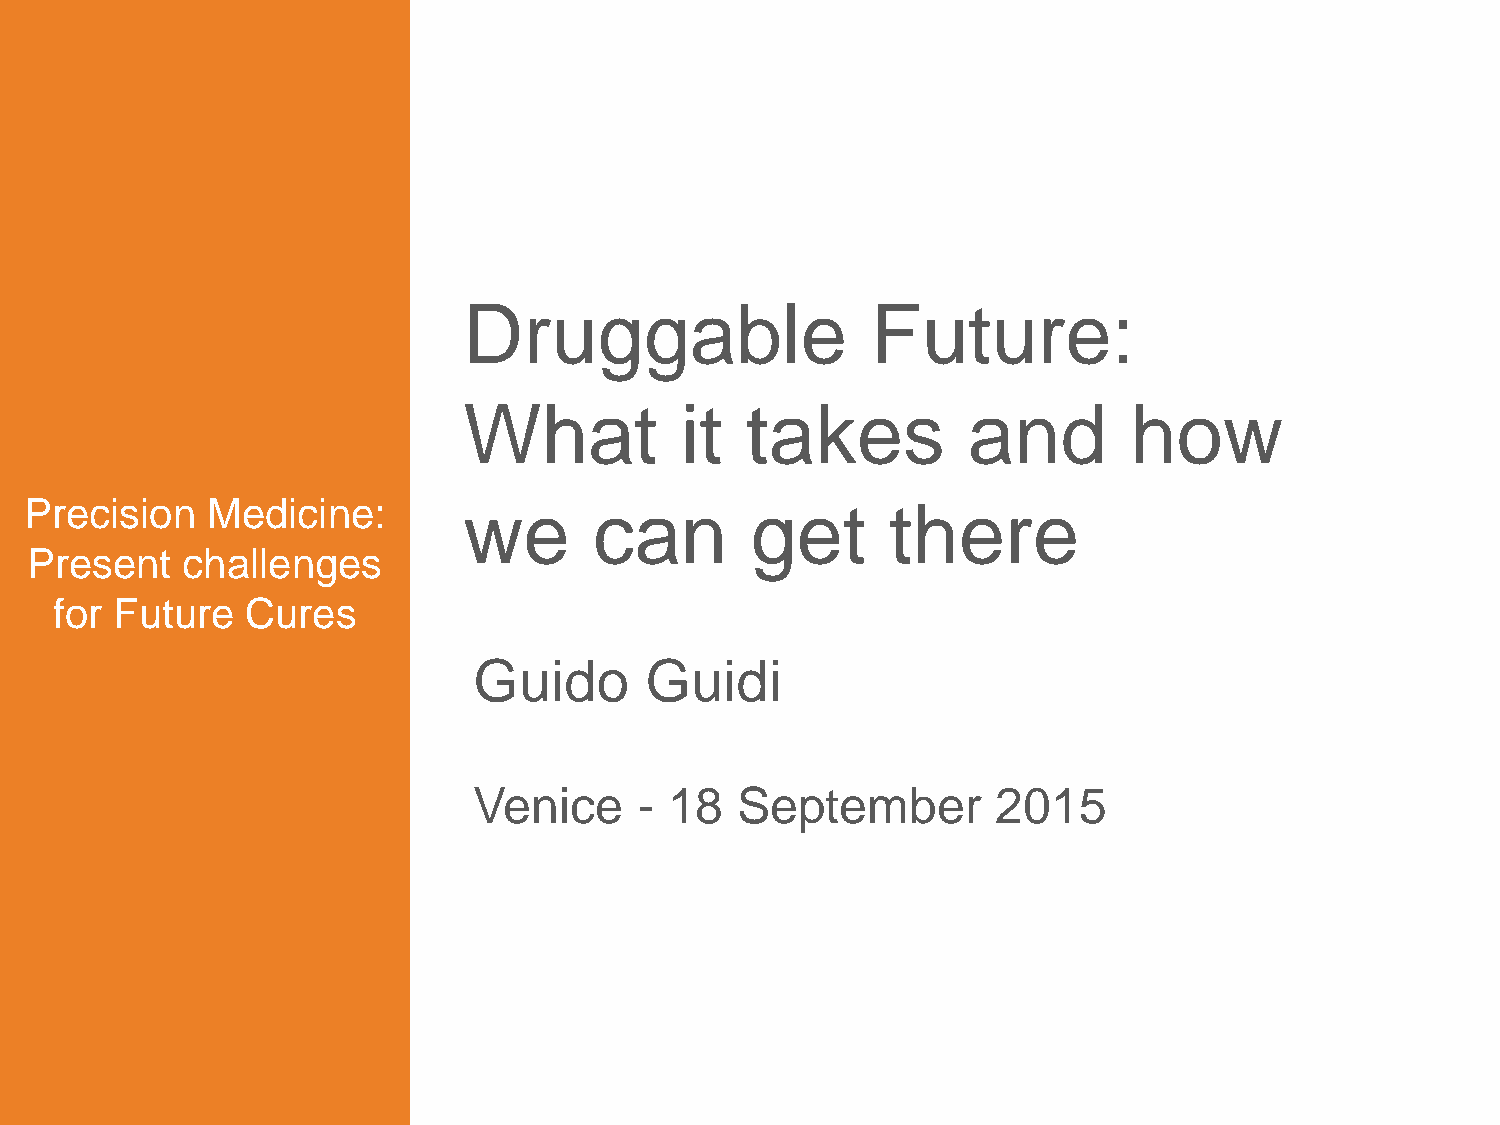
Druggable                  Future:
 What          it  takes          and        how
 Precision   Medicine:        we      can        get      there
 Present   challenges
 for Future  Cures
 Guido       Guidi
 Venice     - 18   September        2015
 1